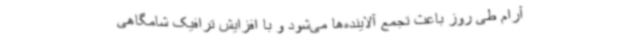
آرام طی روز باعث تجمع آلاینده‌ها می‌شود و با افزایش ترافیک شامگاهی